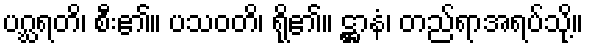
ပဂ္ဃရတိ၊ စီး၏။ ပသဝတိ၊ ရို၏။ ဋ္ဌာနံ၊ တည်ရာအရပ်သို့။